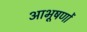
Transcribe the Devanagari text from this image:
आभूषणों